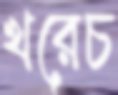
খরেচ